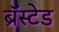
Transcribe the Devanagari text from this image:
ब्रॅस्टेड